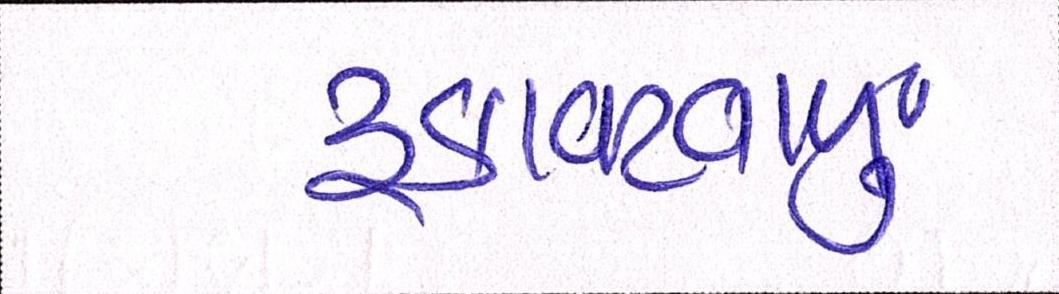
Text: રૃકાવટવાળું